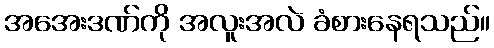
အအေးဒဏ်ကို အလူးအလဲ ခံစားနေရသည်။